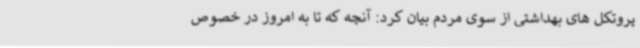
پروتکل های بهداشتی از سوی مردم بیان کرد: آنچه که تا به امروز در خصوص